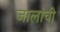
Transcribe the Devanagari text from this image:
जालांची